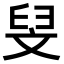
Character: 𮍧